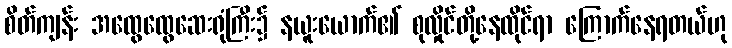
စိတ်ကျန်း အထွေထွေဆေးရုံကြီး၌ နယူးယောက်၏ စုလှိုင်တို့နေထိုင်ရာ ကြောက်နေရတယ်ဟု